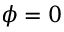
\phi = 0